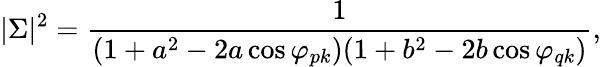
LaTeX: |\Sigma|^{2}={\frac{1}{(1+a^{2}-2a\cos\varphi_{pk})(1+b^{2}-2b\cos\varphi_{qk})}},